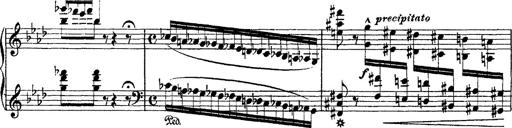
Title: Ã‰tudes d'exÃ©cution transcendante d'aprÃ¨s Paganini
Composer: Franz Liszt